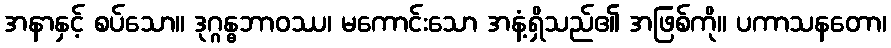
အနာနှင့် စပ်သော။ ဒုဂ္ဂန္ဓဘာဝဿ၊ မကောင်းသော အနံ့ရှိသည်၏ အဖြစ်ကို။ ပကာသနတော၊